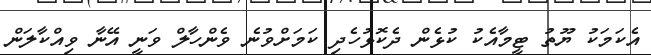
އެކަމަކު ޔޫތު ޓީމާއެކު ކުޅެން ދެކޮޅުހެދި ކަމަށްވުނެ ވެންހާލް ވަނީ އޭނާ ވިއްކާލަން